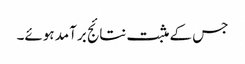
جس کے مثبت نتائج برآمد ہوئے۔